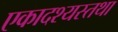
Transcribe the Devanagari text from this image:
एकादश्यस्तथा